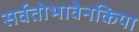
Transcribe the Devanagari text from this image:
सर्वतोभावेनकिया